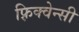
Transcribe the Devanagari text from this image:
फ़्रिक्वेन्सी